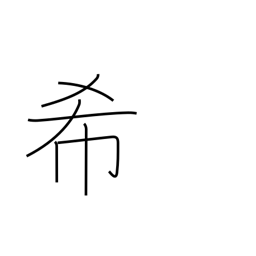
Meaning: pray